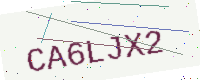
Text: CA6LJX2